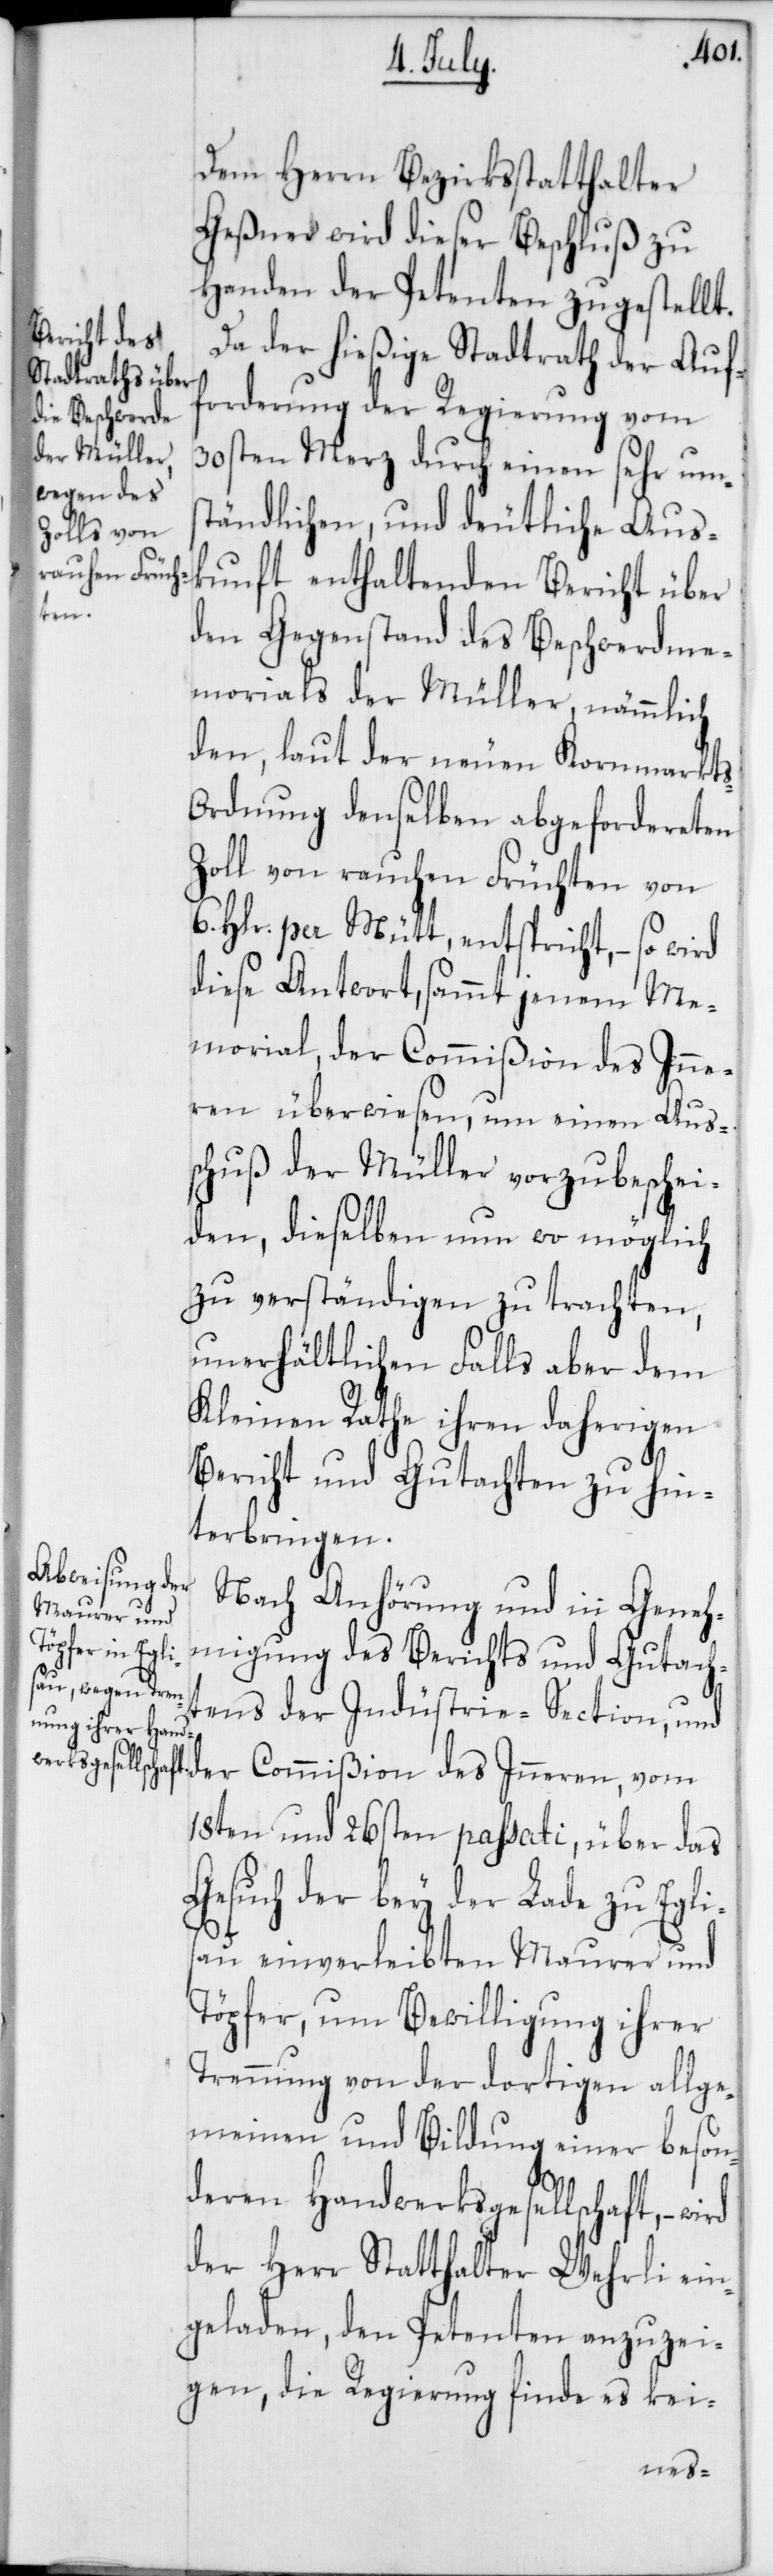
Dem Herrn Bezirksstatthalter
Geßner wird dieser Beschluß zu
Handen der Petenten zugestellt.
Da der hießige Stadtrath der Auf¬
forderung der Regierung vom
30sten Merz durch einen sehr ums¬
tändlichen, und deutliche Aus¬
kunft enthaltenden Bericht über
s-O¬
den Gegenstand des Beschwerdme¬
morials der Müller, nämmlich
den, laut der neuen Kornmarkt¬
rdnung denselben abgefordereten
Zoll von rauchen Früchten von
6. Hlr. per Mütt, entspricht, – so wird
diese Antwort, sammt jenem Me¬
morial, der Commißion des Inne¬
ren überwiesen, um einen Aus¬
schuß der Müller vorzubeschei¬
den, dieselben nun wo möglich
zu verständigen zu trachten,
unerhätlichen Falls aber dem
Kleinen Rathe ihren daherigen
Bericht und Gutachten zu hin¬
terbringen.
Nach Anhörung und in Geneh¬
migung des Berichts und Gutacht¬
ens der Indüstrie-Section, und
der Commißion des Inneren, vom
18ten und 26sten passati, über das
Gesuch der bey der Lade zu Eglis¬
au einverleibten Maurer und
Töpfer, um Bewilligung ihrer
Trennung von der dortigen allge¬
meinen und Bildung einer beson¬
deren Handwerksgesellschaft, –
der Herr Statthalter Wehrli ein¬
geladen, den Petenten anzuzei¬
gen, die Regierung finde es kei-